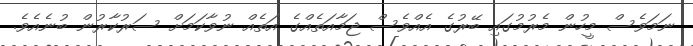
ނަމަވެސް މީހުން މެރުމުގައި ބޭރުގެ އެއްވެސް ޖަމާއަތެއްގެ އަތެއް ނުވާކަމަށް ސަރުކާރުން ބުނެއެވެ.